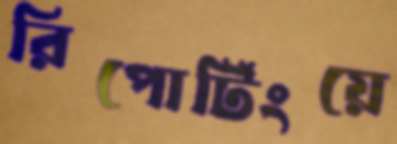
রিপোর্টিংয়ে